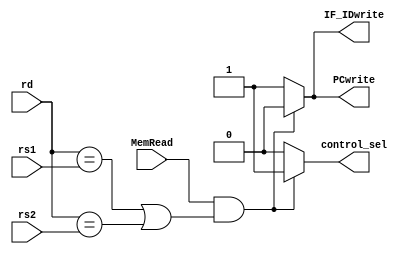
`timescale 1ns / 1ps
//////////////////////////////////////////////////////////////////////////////////
// Company: 
// Engineer: 
// 
// Design Name: 
// Module Name: hazard_detection
// Project Name: 
// Target Devices: 
// Tool Versions: 
// Description: 
// 
// Dependencies: 
// 
// Revision:
// Revision 0.01 - File Created
// Additional Comments:
// 
//////////////////////////////////////////////////////////////////////////////////


module hazard_detection(input [4:0] rd,
                        input [4:0] rs1,
                        input [4:0] rs2,
                        input MemRead,
                        output reg PCwrite,
                        output reg IF_IDwrite,
                        output reg control_sel);

    always@(*) begin
        if(MemRead && ((rd == rs1) || (rd == rs2))) begin
            PCwrite = 1'b0;
            IF_IDwrite = 1'b0;
            control_sel = 1'b1;
        end
        else begin
            PCwrite = 1'b1;
            IF_IDwrite = 1'b1;
            control_sel = 1'b0;
        end
    end
endmodule